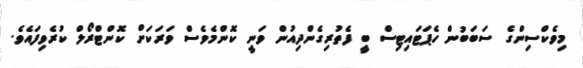
މިވެކްސިންގެ ސަބަބުން ހެޕަޓައިޓިސް ބީ ފެތުރިގެންދިއުން ވަނީ ކޮންމެވެސް ވަރަކަށް ކޮންޓްރޯލް ކުރެވިފައެވެ.